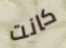
كانت